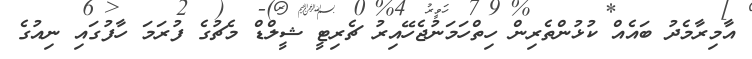
އާމިރާމެދު ބައެއް ކުޅުންތެރިން ހިތްހަމަނުޖެހޭއިރު ޗެރިޓީ ޝީލްޑް މެޗުގެ ފުރަަމަ ހާފުގައި ނިއުގެ